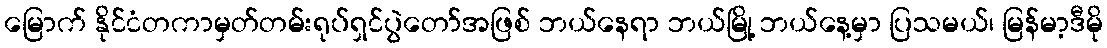
မြောက် နိုင်ငံတကာမှတ်တမ်းရုပ်ရှင်ပွဲတော်အဖြစ် ဘယ်နေရာ ဘယ်မြို့ ဘယ်နေ့မှာ ပြသမယ်၊ မြန်မာ့ဒီမို